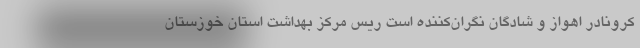
کرونادر اهواز و شادگان نگران‌کننده است ریس مرکز بهداشت استان خوزستان